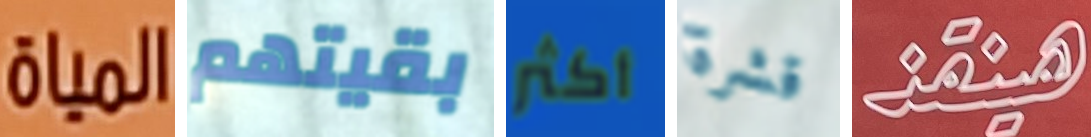
المياة بقيتهم أكثر قشرة هينقذ